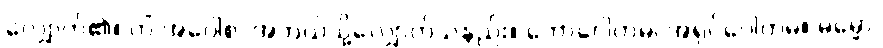
လျှောက်၏။ ကိံ အဝေါစ၊ အဘယ်သို့လျှောက်သနည်း။ ဘောဂေါတမ၊ အရှင်ဂေါတမ။ ဓမ္မော၊